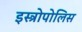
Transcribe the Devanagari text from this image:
इस्त्रोपोलिस